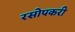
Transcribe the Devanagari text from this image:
रसोपकरी